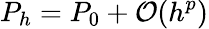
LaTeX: P_{h}=P_{0}+\mathcal{O}(h^{p})